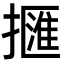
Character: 擓